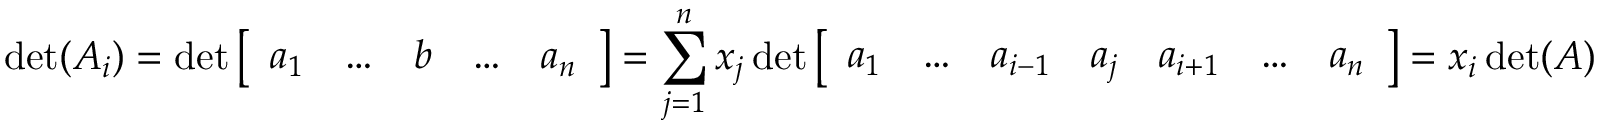
\operatorname* { d e t } ( A _ { i } ) = \operatorname* { d e t } { \left[ \begin{array} { l l l l l } { a _ { 1 } } & { \ldots } & { b } & { \ldots } & { a _ { n } } \end{array} \right] } = \sum _ { j = 1 } ^ { n } x _ { j } \operatorname* { d e t } { \left[ \begin{array} { l l l l l l l } { a _ { 1 } } & { \ldots } & { a _ { i - 1 } } & { a _ { j } } & { a _ { i + 1 } } & { \ldots } & { a _ { n } } \end{array} \right] } = x _ { i } \operatorname* { d e t } ( A )